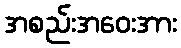
အစည်းအဝေးအား